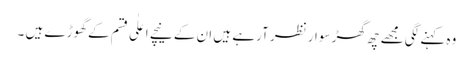
وہ کہنے لگی مجھے چھ گھڑ سوار نظر آرہے ہیں ان کے نیچے اعلٰی قسم کے گھوڑے ہیں ۔